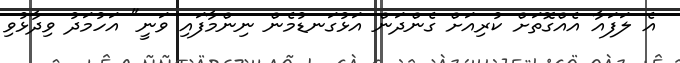
އެ ލަފައާ އެއްގޮތަށް ކުރިއަށް ގެންދަން އަޅުގަނޑުމެން ނިންމާފައި ވަނީ" އަހުމަދު ވިދާޅުވި